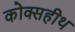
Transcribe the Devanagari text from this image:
कोक्सहीथ